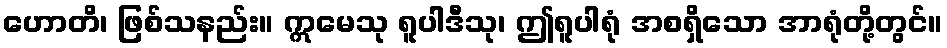
ဟောတိ၊ ဖြစ်သနည်း။ ဣမေသု ရူပါဒီသု၊ ဤရူပါရုံ အစရှိသော အာရုံတို့တွင်။